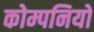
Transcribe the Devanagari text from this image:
कोम्पनियों